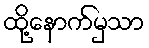
ထို့နောက်မှသာ